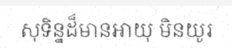
សុទិន្នដ៏មានអាយុ មិនយូរ